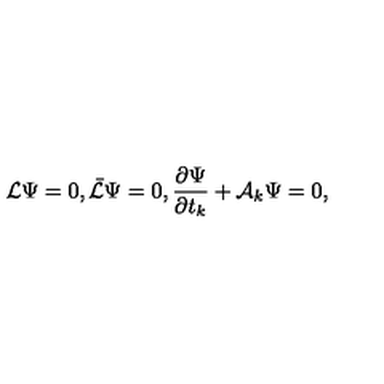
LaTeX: { \cal L } \Psi = 0 , \bar { \cal L } \Psi = 0 , { \frac { \partial \Psi } { \partial t _ { k } } } + { \cal A } _ { k } \Psi = 0 ,